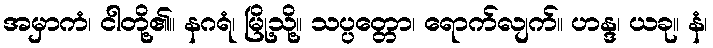
အမှာကံ၊ ငါတို့၏။ နဂရံ၊ မြို့သို့။ သပ္ပတ္တော၊ ရောက်လျက်။ ဟန္ဒ၊ ယခု။ နံ၊